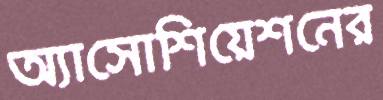
অ্যাসোশিয়েশনের